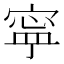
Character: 寜